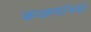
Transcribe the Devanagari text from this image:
कळपांच्या